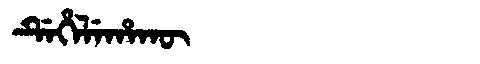
Manchu: ᡩᡝᡥᡝᠯᡝᡥᠠᡴᡡ
Romanization: DEHELEHAKŪ